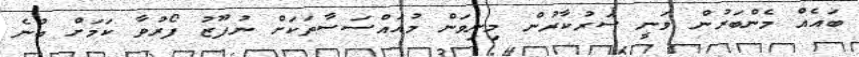
ބައެއް މެންބަރުން ވަނީ ސަރުކާރުން މިނިވަން މުއައްސަސާތަކަށް ނުފޫޒު ފޯރުވާ ކަމަށް ބުނެ